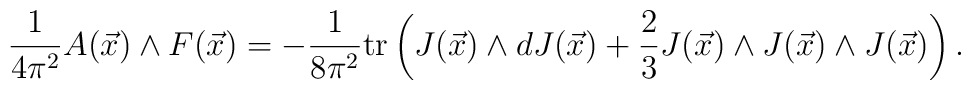
\frac{1}{4\pi^2}A(\vec x)\wedge F(\vec x)=-\frac{1}{8\pi^2}{\rm tr}\left(J(\vec x)\wedge dJ(\vec x)+\frac{2}{3}J(\vec x)\wedge J(\vec x)\wedge J(\vec x)\right).